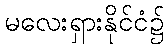
မလေးရှားနိုင်ငံ၌